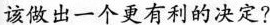
该做出一个更有利的决定?